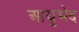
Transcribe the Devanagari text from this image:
आयुभेद